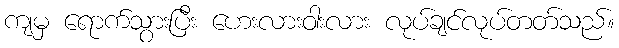
ကျမှ ရောက်သွားပြီး ဟေးလားဝါးလား လုပ်ချင်လုပ်တတ်သည်။